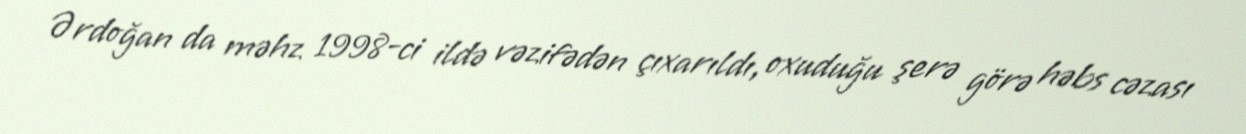
Ərdoğan da məhz 1998-ci ildə vəzifədən çıxarıldı, oxuduğu şerə görə həbs cəzası